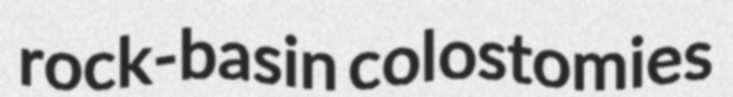
rock-basin colostomies